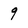
Character: 9